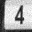
Digit: 4